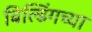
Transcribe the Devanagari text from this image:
बिल्डिंगच्या